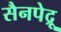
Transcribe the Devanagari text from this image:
सैनपेद्रू